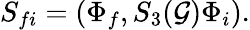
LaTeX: S_{fi}=(\Phi_{f},S_{3}(\mathcal{G})\Phi_{i}).